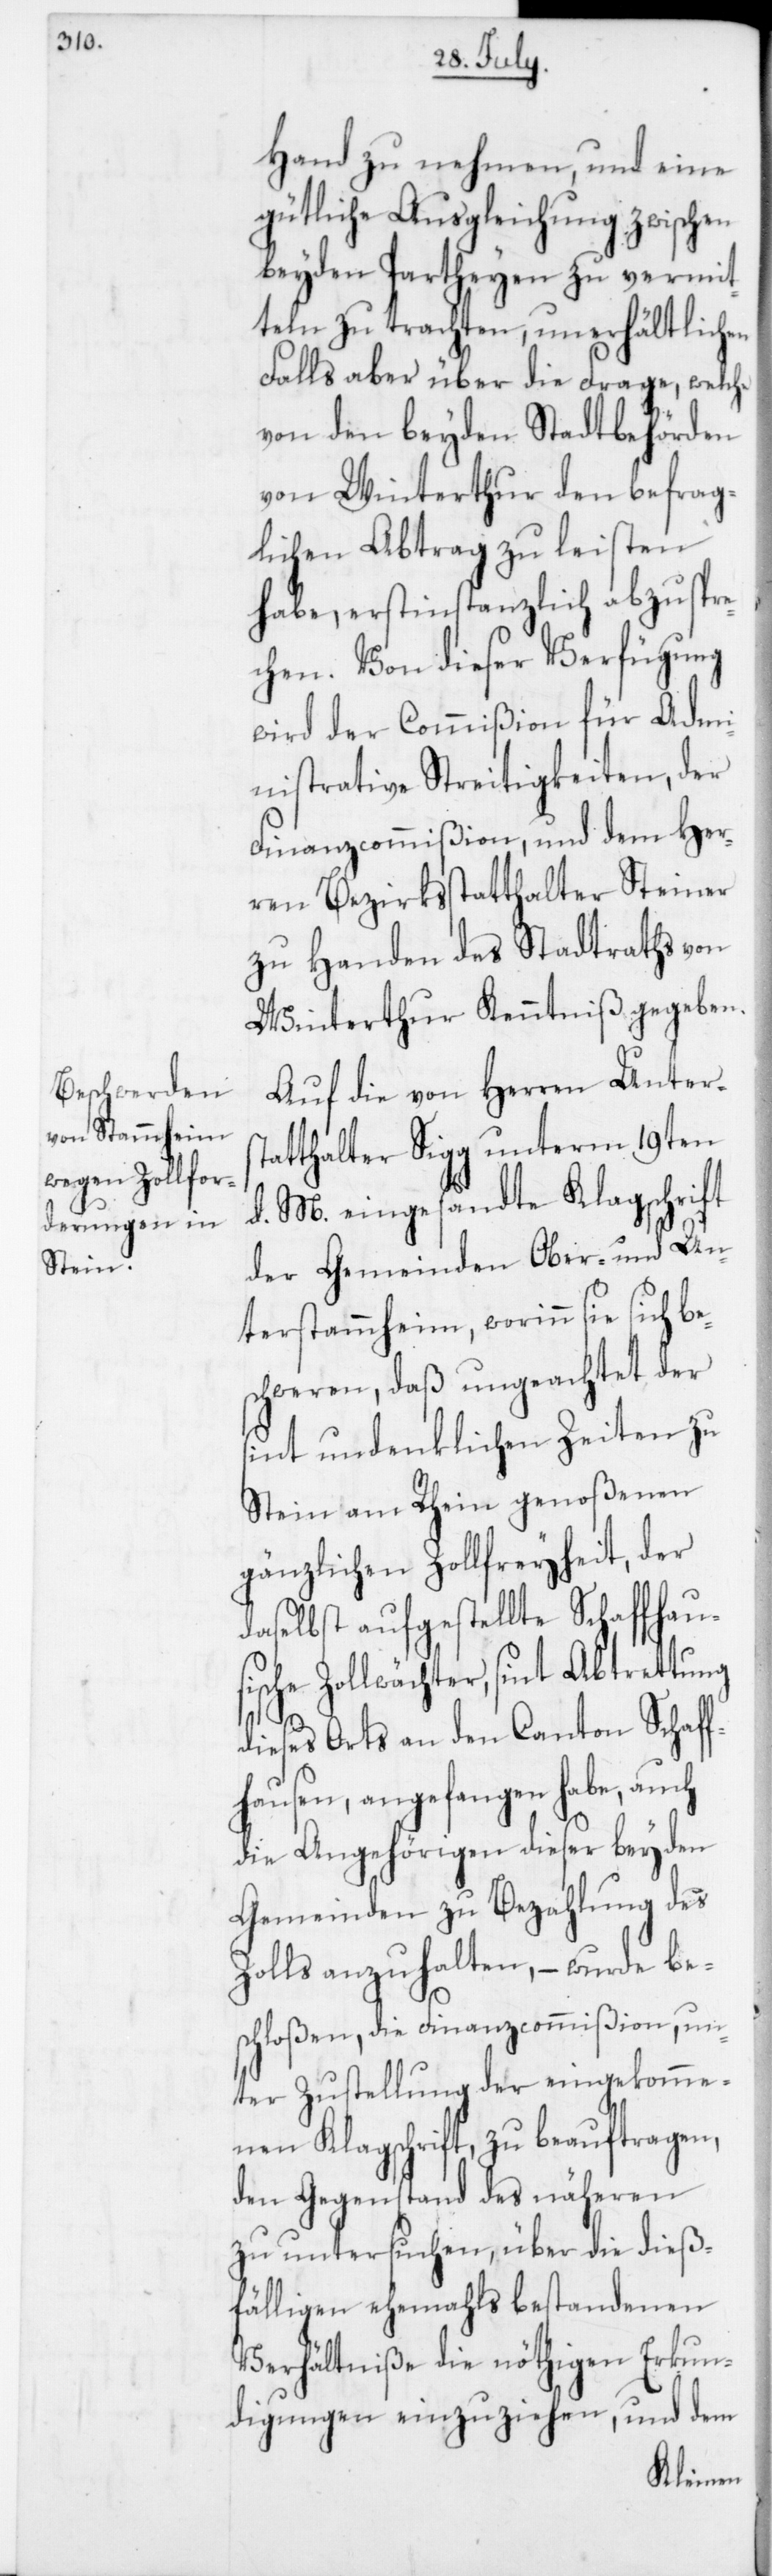
echen.

Hand zu nehmen, und eine
gütliche Ausgleichung zwischen
beyden Partheyen zu vermit¬
teln zu trachten, unerhältlichen
Falls aber über die Frage, welche
von den beyden Stadtbehörden
von Winterthur den befrag¬
lichen Abtrag zu leisten
habe, erstinstanzlich abzuspr¬
Von dieser Verfügung
wird der Commißion für Admi¬
nistrative Streitigkeiten, der
Finanzcommißion und dem Her¬
ren Bezirksstatthalter Steiner
zu Handen des Stadtraths von
Winterthur Kenntniß gegeben.
Auf die von Herren Unterst¬
atthalter Sigg unterm 19ten
d. M. eingesandte Klagschrift
der Gemeinden Ober- und Un¬
terstammheim, worinn sie sich be¬
schweren, daß ungeachtet der
sint undenklichen Zeiten zu
Stein am Rhein genoßenen
gänzlichen Zollfreyheit, der
daselbst aufgestellte Schaffhau¬
sische Zollwächter, sint Abtrettung
dieses Orts an den Canton Schaf¬
fhausen, angefangen habe, auch
die Angehörigen dieser beyden
Gemeinden zu Bezahlung des
Zolls anzuhalten, – wurde be¬
schloßen, die Finanzcommißion un¬
ter Zustellung der eingekomme¬
nen Klagschrift zu beauftragen,
den Gegenstand des näheren
zu untersuchen, über die dieß¬
fälligen ehemahls bestandenen
Verhältniße die nöthigen Erkun¬
digungen einzuziehen, und dem